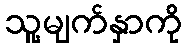
သူ့မျက်နှာကို